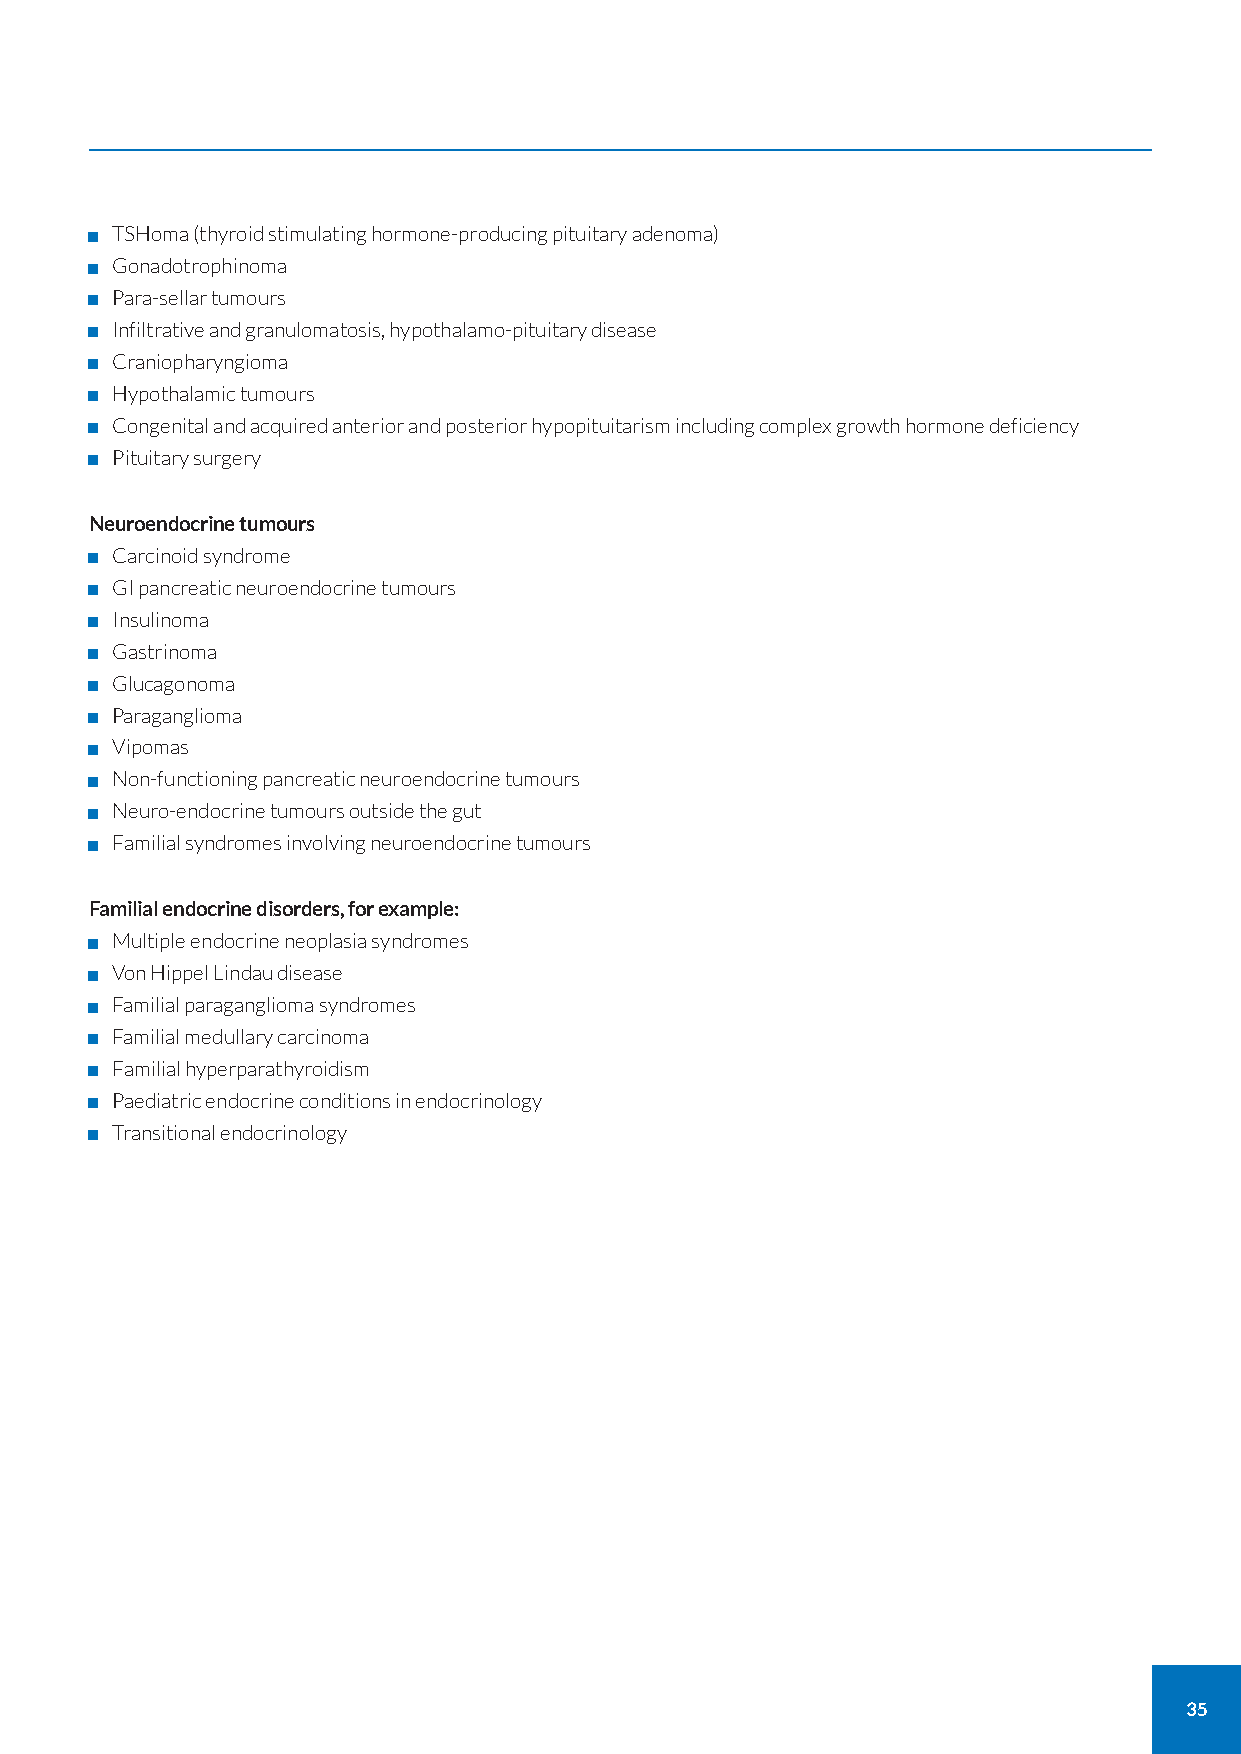
TSHoma (thyroid stimulating hormone-producing pituitary adenoma)
 Gonadotrophinoma
 Para-sellar tumours
 Infiltrative and granulomatosis, hypothalamo-pituitary disease
 Craniopharyngioma
 Hypothalamic tumours
 Congenital and acquired anterior and posterior hypopituitarism including complex growth hormone deficiency
 Pituitary surgery
 Neuroendocrine tumours
 Carcinoid syndrome
 GI pancreatic neuroendocrine tumours
 Insulinoma
 Gastrinoma
 Glucagonoma
 Paraganglioma
 Vipomas
 Non-functioning pancreatic neuroendocrine tumours
 Neuro-endocrine tumours outside the gut
 Familial syndromes involving neuroendocrine tumours
 Familial endocrine disorders, for example:
 Multiple endocrine neoplasia syndromes
 Von Hippel Lindau disease
 Familial paraganglioma syndromes
 Familial medullary carcinoma
 Familial hyperparathyroidism
 Paediatric endocrine conditions in endocrinology
 Transitional endocrinology
 35